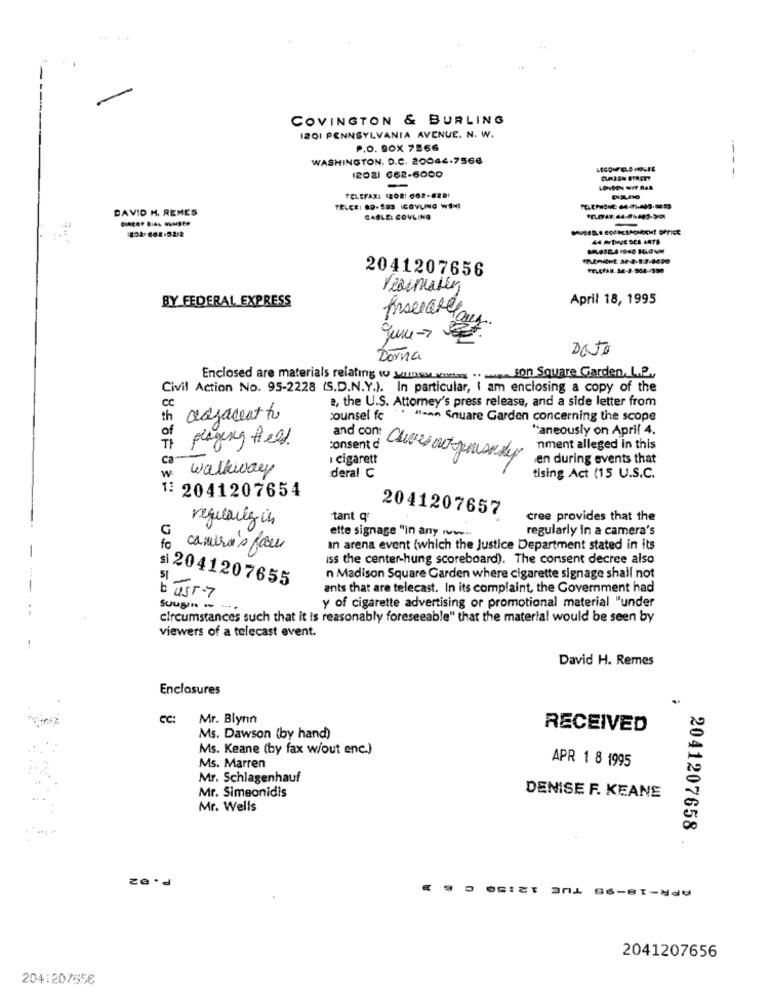
COVINGTON & BURLING
I201 PENNSYLVANIA AVENUE. N. W.
P.O. BOX 7866
WASHINGTON. D.C. 20044.7566
---
1208) 662-6000
-
TELEFAX: (202) 662-62DI
DAVID H. REMES
TELERI 89-583 ICOYLING WSHI
CABLE: COVLING
44 ADRSE SCE ARTS
2041207656
BY FEDERAL EXPRESS
April 18, 1995
Dato
Dorna
Enclosed are materials relating to winen vinson Square Garden, L.P.
Civil Action No. 95-2228 (S.D.N.Y.). In particular, I am enclosing a copy of the
B, the U.S. Attorney's press release, and a side letter from
cc
th adjacent to
counsel fe
Ilsan Square Garden concerning the scope
"aneously on April 4.
of
playing field.
TI
consent d
nment alleged in this
ca
cigarett
and con: Chives out gemoody
en during events that
walkway
₩
deral C
tising Act (15 U.S.C.
1: 2041207654
2041207657
regularly in
tant q
cree provides that the
G
ette signage "in any loven
regularly in a camera's
fo
camera's four
In arena event (which the Justice Department stated in its
iss the center-hung scoreboard). The consent decree also
51
si 2041207655
n Madison Square Garden where cigarette signage shall not
ants that are telecast. In its complaint, the Government had
b UST-7
y of cigarette advertising or promotional material "under
circumstances such that it is reasonably foreseeable" that the material would be seen by
viewers of a telecast event.
David H. Remes
Enclosures
CC:
Mr. Blynn
RECEIVED
Ms. Dawson (by hand)
Ms. Keane (by fax w/out enc.)
APR 1 8 1995
Ms. Marren
Mr. Schlagenhauf
Mr. Simeonidis
DENISE F. KEANE
Mr. Wells
2041207658
2041207656
204:207656